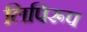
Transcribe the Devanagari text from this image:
लिपिरूप